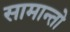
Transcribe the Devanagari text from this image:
सामान्तो